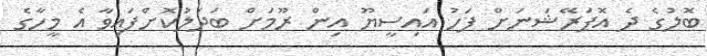
ބޮލުގެ ދެ އޮޕަރޭޝަނަށް ފަހު އައިސީޔޫ އިން ރޫމަށް ބަދަލުކޮށްފައިވާ އެ މީހާގެ